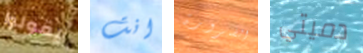
يقولوا انت الضرورة دميتي